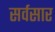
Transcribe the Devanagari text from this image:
सर्वसार